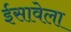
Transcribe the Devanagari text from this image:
ईसावेला